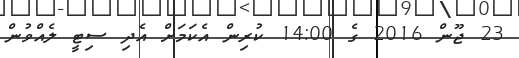
23 ޖޫން 2016 ގެ 14:00 ކުރިން އެކަމަށް އެދި ސިޓީ ލެއްވުން